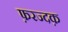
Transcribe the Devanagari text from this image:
फ़रज्दक़